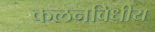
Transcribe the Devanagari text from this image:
कलनविधीय